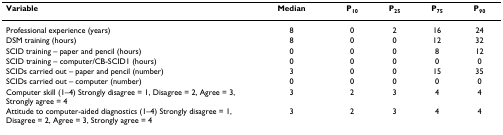
<table><thead><tr><td><b>Variable</b></td><td><b>Median</b></td><td><b>P<sub>10</sub></b></td><td><b>P<sub>25</sub></b></td><td><b>P<sub>75</sub></b></td><td><b>P<sub>90</sub></b></td></tr></thead><tbody><tr><td>Professional experience (years)</td><td>8</td><td>0</td><td>2</td><td>16</td><td>24</td></tr><tr><td>DSM training (hours)</td><td>8</td><td>0</td><td>0</td><td>12</td><td>32</td></tr><tr><td>SCID training – paper and pencil (hours)</td><td>0</td><td>0</td><td>0</td><td>8</td><td>12</td></tr><tr><td>SCID training – computer/CB-SCID1 (hours)</td><td>0</td><td>0</td><td>0</td><td>0</td><td>0</td></tr><tr><td>SCIDs carried out – paper and pencil (number)</td><td>3</td><td>0</td><td>0</td><td>15</td><td>35</td></tr><tr><td>SCIDs carried out – computer (number)</td><td>0</td><td>0</td><td>0</td><td>0</td><td>0</td></tr><tr><td>Computer skill (1–4) Strongly disagree = 1, Disagree = 2, Agree = 3, Strongly agree = 4</td><td>3</td><td>2</td><td>3</td><td>4</td><td>4</td></tr><tr><td>Attitude to computer-aided diagnostics (1–4) Strongly disagree = 1, Disagree = 2, Agree = 3, Strongly agree = 4</td><td>3</td><td>2</td><td>3</td><td>4</td><td>4</td></tr></tbody></table>